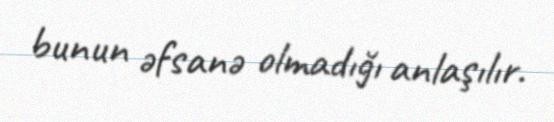
bunun əfsanə olmadığı anlaşılır.